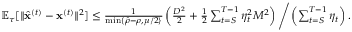
\begin{array} { r } { \mathbb { E } _ { \tau } [ \| \widehat { \mathbf x } ^ { ( t ) } - { \mathbf x } ^ { ( t ) } \| ^ { 2 } ] \leq \frac { 1 } { \operatorname* { m i n } \{ \hat { \rho } - \rho , \mu / 2 \} } \left( \frac { D ^ { 2 } } { 2 } + \frac { 1 } { 2 } \sum _ { t = S } ^ { T - 1 } \eta _ { t } ^ { 2 } M ^ { 2 } \right) \Bigg / \left( \sum _ { t = S } ^ { T - 1 } \eta _ { t } \right) . } \end{array}